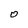
Character: O